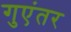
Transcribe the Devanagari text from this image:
गुएंतर